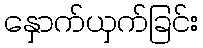
နှောက်ယှက်ခြင်း